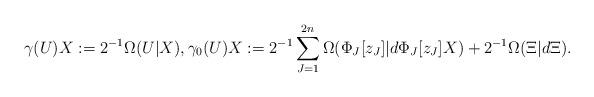
LaTeX: \begin{align*} \begin{aligned} &\gamma (U)X:=2 ^{-1} \Omega ( U | X ),\gamma_0(U)X:=2^{-1}\sum_{J=1}^{2n} \Omega(\Phi_J[z_J]|d\Phi_J[z_J]X)+ 2^{-1}\Omega(\Xi|d\Xi).\end{aligned}\end{align*}